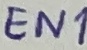
Text: EN1